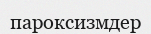
пароксизмдер